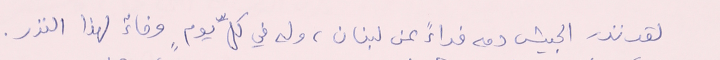
لقد نذر الجيش دمه فداءً عن لبنان، وله في كلِّ يومٍ وفاءٌ لهذا النذر.